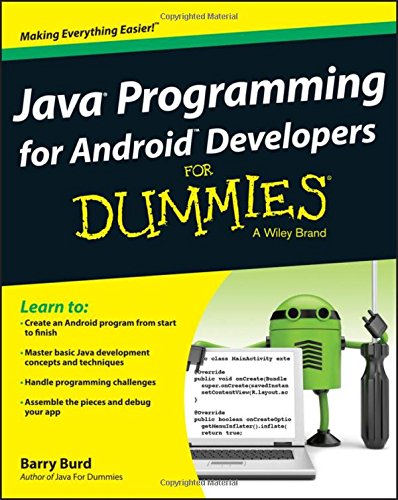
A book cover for Java Programming for Android Developers For Dummies; Barry Burd; Computers & Technology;